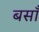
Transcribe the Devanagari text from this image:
बसाँ